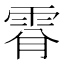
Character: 𩂪